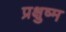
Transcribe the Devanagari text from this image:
प्रक्षुष्म